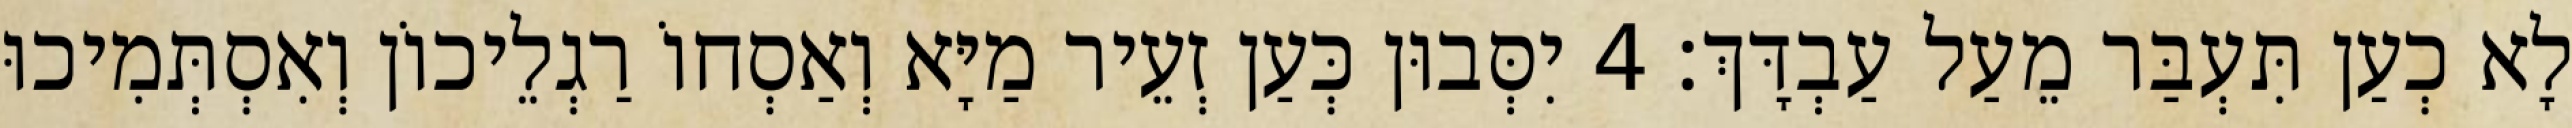
לָא כְעַן תִּעְבַּר מֵעַל עַבְדָּךְ׃ 4 יִסְּבוּן כְּעַן זְעֵיר מַיָּא וְאַסְחוֹ רַגְלֵיכוֹן וְאִסְתְּמִיכוּ